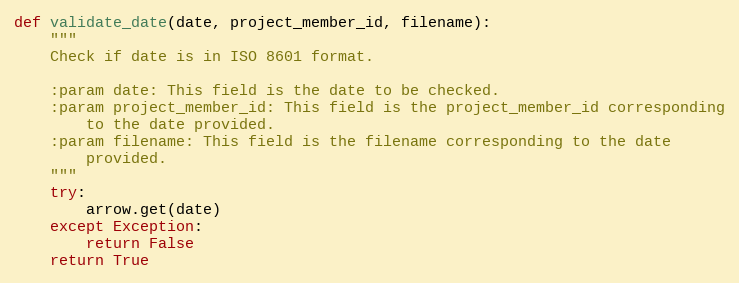
Language: Python
def validate_date(date, project_member_id, filename):
    """
    Check if date is in ISO 8601 format.

    :param date: This field is the date to be checked.
    :param project_member_id: This field is the project_member_id corresponding
        to the date provided.
    :param filename: This field is the filename corresponding to the date
        provided.
    """
    try:
        arrow.get(date)
    except Exception:
        return False
    return True